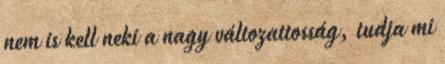
nem is kell neki a nagy változattosság, tudja mi